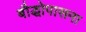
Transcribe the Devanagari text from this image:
बौद्धोपासना